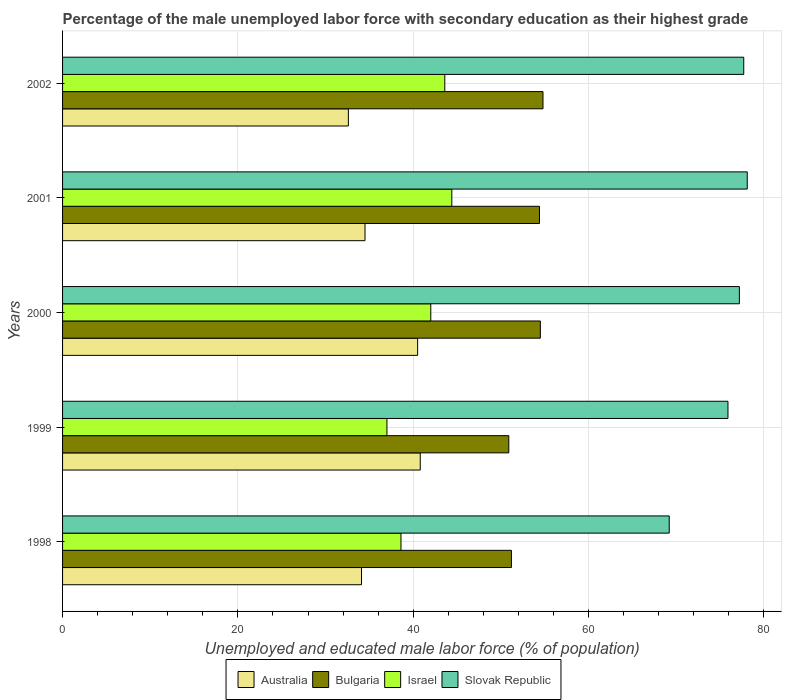
| Years | Australia | Bulgaria | Israel | Slovak Republic |
 | --- | --- | --- | --- | --- |
 | 1998 | 34.1 | 51.2 | 38.6 | 69.2 |
 | 1999 | 40.8 | 50.9 | 37 | 75.9 |
 | 2000 | 40.5 | 54.5 | 42 | 77.2 |
 | 2001 | 34.5 | 54.4 | 44.4 | 78.1 |
 | 2002 | 32.6 | 54.8 | 43.6 | 77.7 |